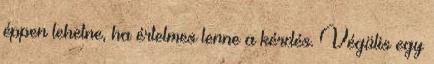
éppen lehetne, ha értelmes lenne a kérdés. Végülis egy